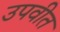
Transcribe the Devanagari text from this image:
उपवीत